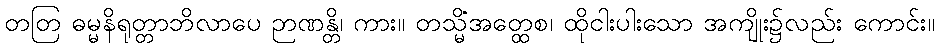
တတြ ဓမ္မနိရုတ္တာဘိလာပေ ဉာဏန္တိ၊ ကား။ တသ္မိံအတ္ထေစ၊ ထိုငါးပါးသော အကျိုး၌လည်း ကောင်း။